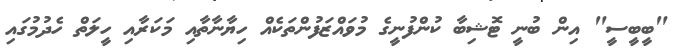
"ބީބީސީ" އިން ބުނީ ޓޮޝިބާ ކުންފުނީގެ މުވައްޒަފުންތަކެއް ހިޔާނާތާއި މަކަރާއި ހީލަތް ހެދުމުގައި